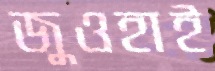
জুওহাই